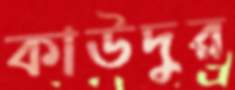
কাউদুর